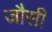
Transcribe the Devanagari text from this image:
जौसी